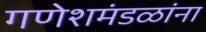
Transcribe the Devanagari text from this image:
गणेशमंडळांना